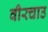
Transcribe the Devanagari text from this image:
वीरचाउ